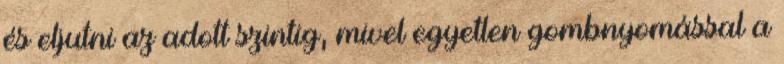
és eljutni az adott szintig, mivel egyetlen gombnyomással a